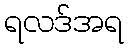
ရလဒ်အရ